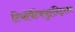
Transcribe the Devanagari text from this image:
टियोपैंटेक्युएंनिट्लन